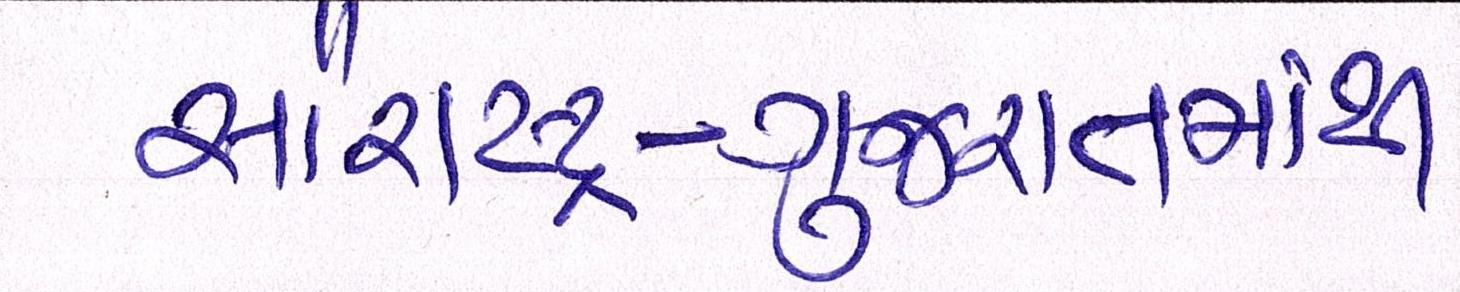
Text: સૌરાષ્ટ્ર-ગુજરાતમાંથી